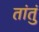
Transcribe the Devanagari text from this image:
तांतुं